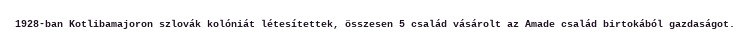
1928-ban Kotlibamajoron szlovák kolóniát létesítettek, összesen 5 család vásárolt az Amade család birtokából gazdaságot.